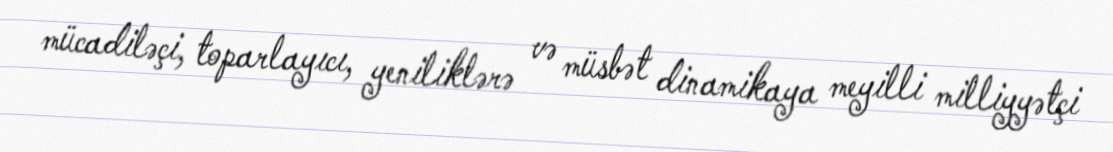
mücadiləçi, toparlayıcı, yeniliklərə və müsbət dinamikaya meyilli milliyyətçi